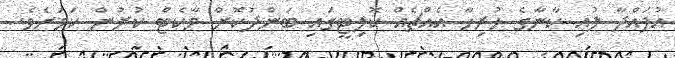
އުފައްދާ ލުއި ކާނާގެ ހުރިހާ އެއްޗެއް ކޮލިޓީގައި ބަންދުކޮށް މާކެޓް ކުރުން ކަމަށެވެ.